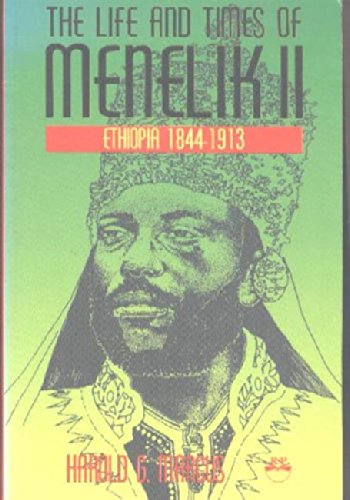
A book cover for The Life and Times of Menelik II: Ethiopia 1844-1913; Harold G. Marcus; History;